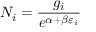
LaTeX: N _ { i } = { \frac { g _ { i } } { e ^ { \alpha + \beta \varepsilon _ { i } } } }